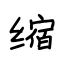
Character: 缩